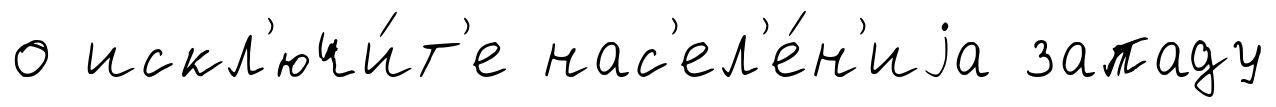
о искл'ючи́т'е нас'ел'е́н'иjа западу